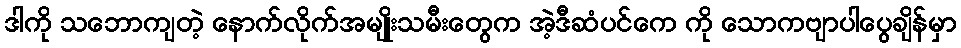
ဒါကို သဘောကျတဲ့ နောက်လိုက်အမျိုးသမီးတွေက အဲ့ဒီဆံပင်ကေ ကို သောကဗျာပါပွေချိန်မှာ